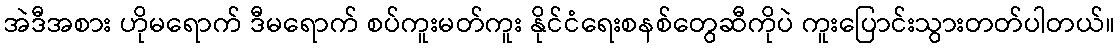
အဲဒီအစား ဟိုမရောက် ဒီမရောက် စပ်ကူးမတ်ကူး နိုင်ငံရေးစနစ်တွေဆီကိုပဲ ကူးပြောင်းသွားတတ်ပါတယ်။